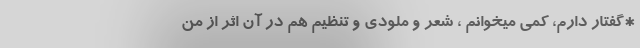
*گفتار دارم، کمی میخوانم ، شعر و ملودی و تنظیم هم در آن اثر از من